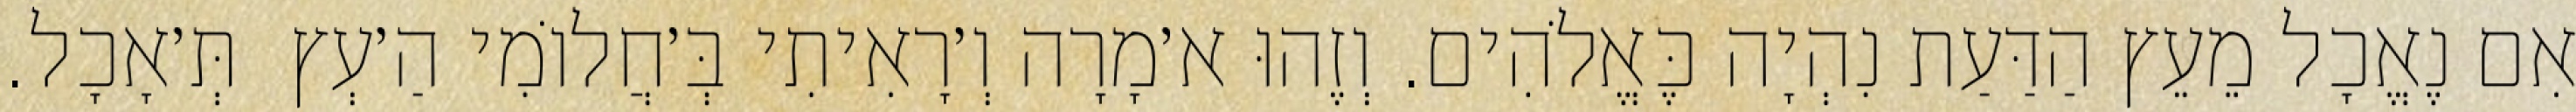
אִם נֶאֱכָל מֵעֵץ הַדַּעַת נִהְיָה כֶּאֱלֹהִים. וְזֶהוּ א׳מָרָה וְ׳רָאִיתִי בְּ׳חֲלוֹמִי הַ׳עְץ  תְּ׳אָכָל.